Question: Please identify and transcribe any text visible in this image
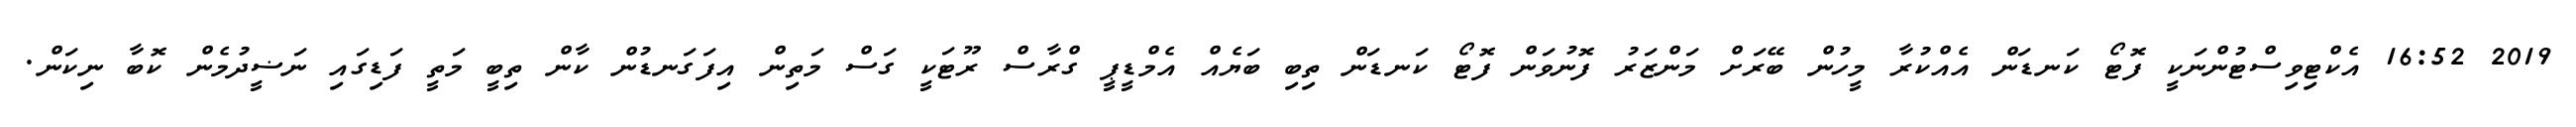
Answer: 2019 16:52 އެކްޓިވިސްޓުންނަކީ ފޮޓޯ ކަނޑަން އެއްކުރާ މީހުން ބޭރަށް މަންޒަރު ފޮނުވަން ފޮޓޯ ކަނޑަން ތިބި ބަޔެއް އެމްޑީޕީ ގްރާސް ރޫޓަކީ ގަސް މަތިން އިފަގަނޑުން ކާން ތިބީ މަތީ ފަޑިގައި ނަޟީދުމެން ކޮބާ ނިކަން.